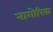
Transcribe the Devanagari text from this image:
नागोरिक